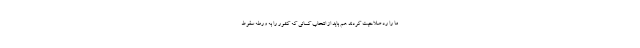
ما را رد صلاحیت کردند هم باید از انتخاب کسانی که کشور را به ورطه سقوط